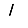
Digit: 1